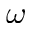
\omega